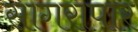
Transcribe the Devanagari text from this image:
सागरापार